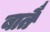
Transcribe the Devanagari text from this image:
बातैं